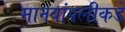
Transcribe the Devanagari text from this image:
मानवांपलीकडे